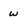
Character: w